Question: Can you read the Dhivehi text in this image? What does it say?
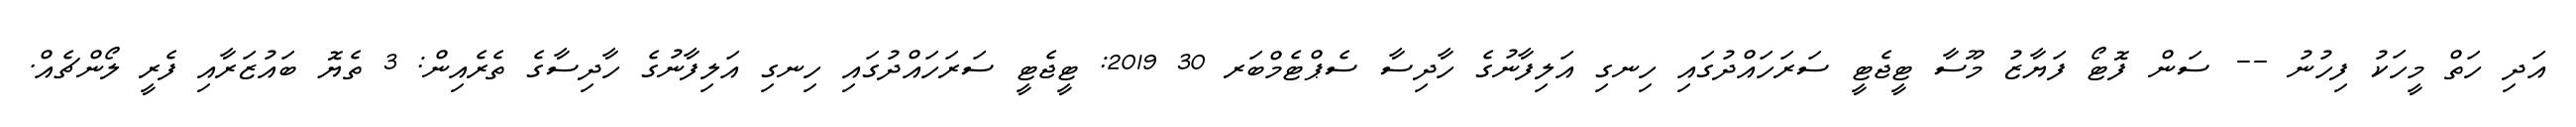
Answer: އަދި ހަތް މީހަކު ފިހުނު -- ސަން ފޮޓޯ ފަޔާޒު މޫސާ ޓީޖެޓީ ސަރަހައްދުގައި ހިނގި އަލިފާނުގެ ހާދިސާ ސެޕްޓެމްބަރ 30 2019: ޓީޖެޓީ ސަރަހައްދުގައި ހިނގި އަލިފާނުގެ ހާދިސާގެ ތެރެއިން: 3 ތެޔޮ ބައުޒަރާއި ފެރީ ލޯންޗެއް.